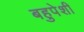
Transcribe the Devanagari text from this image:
बहुपेशी